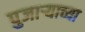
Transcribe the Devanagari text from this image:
पुजाऱ्याच्या